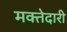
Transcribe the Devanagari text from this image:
मक्‍तेदारी